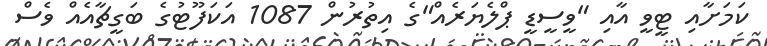
ކަމަށާއި ޓީވީ އާއި "ވީސީޑީ ޕްލެޔަރެއް"ގެ އިތުރުން 1087 އަކަފޫޓުގެ ބަގީޗާއެއް ވެސް